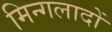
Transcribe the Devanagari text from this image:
मिन्गलादों